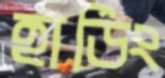
হার্ডিং